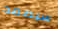
سيصمد